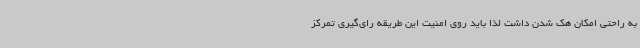
به راحتی امکان هک شدن داشت لذا باید روی امنیت این طریقه رای‌گیری تمرکز